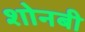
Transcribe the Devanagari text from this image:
शोनबी